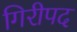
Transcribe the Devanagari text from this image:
गिरीपद